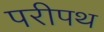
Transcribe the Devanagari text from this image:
परीपथ